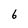
Character: 6